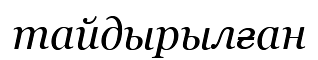
тайдырылған